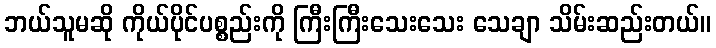
ဘယ်သူမဆို ကိုယ်ပိုင်ပစ္စည်းကို ကြီးကြီးသေးသေး သေချာ သိမ်းဆည်းတယ်။